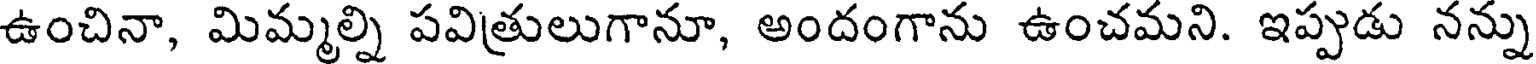
ఉంచినా, మిమ్మల్ని పవిత్రులుగానూ, అందంగాను ఉంచమని. ఇప్పుడు నన్ను